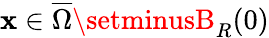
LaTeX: \mathbf{x}\in\overline{{\Omega}}\setminusB_{R}(0)